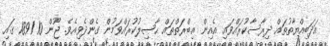
އަދަބިއްޔާތުތައް ދިިރާސާކުރައްވައި އެއިން ޢިބްރަތްތައް ޙާޞިލުކުރައްވަމުން ގެންދެވިއެވެ. ޖޫން 10 1891 ގައި